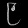
Digit: ၉